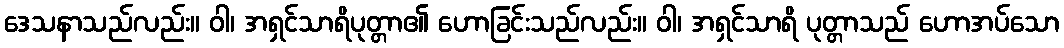
ဒေသနာသည်လည်း။ ဝါ၊ အရှင်သာရိပုတ္တာ၏ ဟောခြင်းသည်လည်း။ ဝါ၊ အရှင်သာရိ ပုတ္တာသည် ဟောအပ်သော